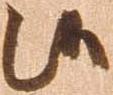
候